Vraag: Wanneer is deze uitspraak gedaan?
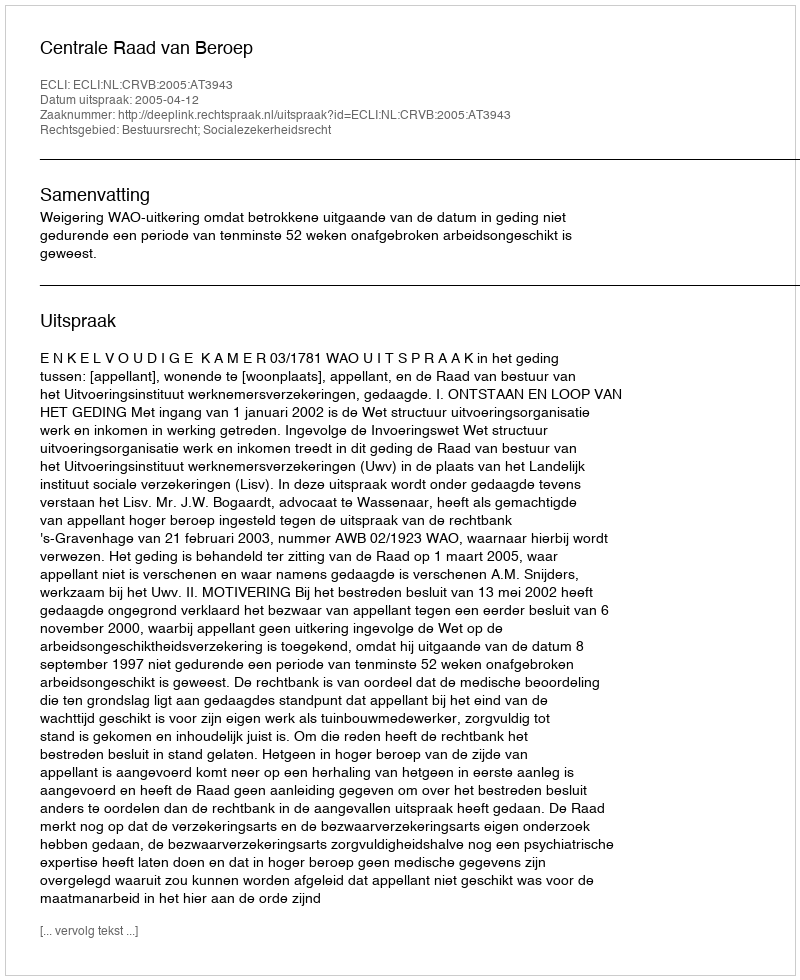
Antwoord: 2005-04-12